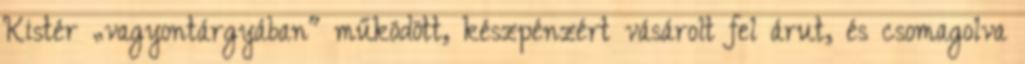
Kistér „vagyontárgyában" működött, készpénzért vásárolt fel árut, és csomagolva